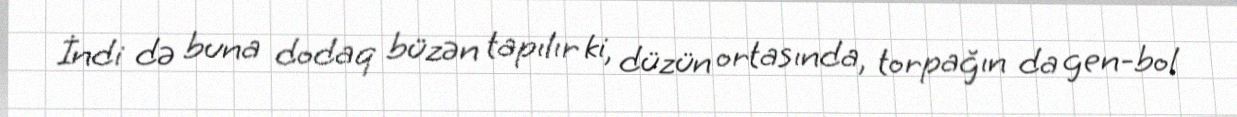
İndi də buna dodaq büzən tapılır ki, düzün ortasında, torpağın da gen-bol